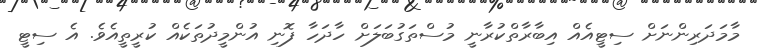
މާމަދަރިންނަށް ސިޓީއެއް އިބާރާތްކުރާނީ މުސްތަގުބަލަށް ހާދަހާ ފޮނި އުންމީދުތަކެއް ކުރީތީއެވެ. އެ ސިޓީ